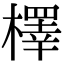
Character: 檡